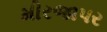
મીરજાપર